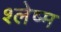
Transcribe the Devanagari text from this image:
श्‍लेष्म